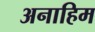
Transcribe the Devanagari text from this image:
अनाहिम